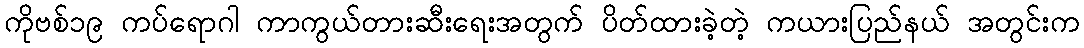
ကိုဗစ်၁၉ ကပ်ရောဂါ ကာကွယ်တားဆီးရေးအတွက် ပိတ်ထားခဲ့တဲ့ ကယားပြည်နယ် အတွင်းက